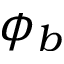
\phi _ { b }